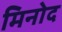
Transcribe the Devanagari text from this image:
मिनोद